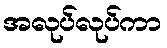
အလုပ်လုပ်ကာ